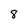
Character: 8